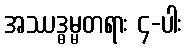
အဿဒ္ဓမ္မတရား ၄-ပါး